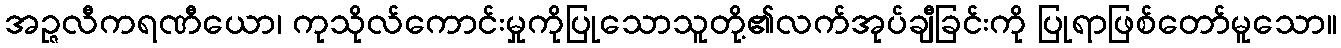
အဉ္ဇလီကရဏီယော၊ ကုသိုလ်ကောင်းမှုကိုပြုသောသူတို့၏လက်အုပ်ချီခြင်းကို ပြုရာဖြစ်တော်မူသော။